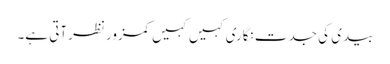
بیدی کی جدت نگاری کہیں کہیں کمزور نظرآتی ہے۔